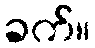
ခက်။